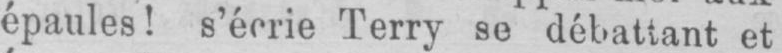
épaules! s’écrie Terry se débattant et